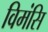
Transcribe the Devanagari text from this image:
विमंसि